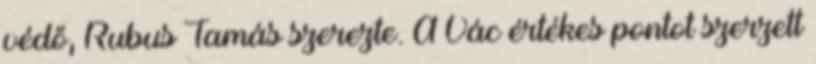
védő, Rubus Tamás szerezte. A Vác értékes pontot szerzett